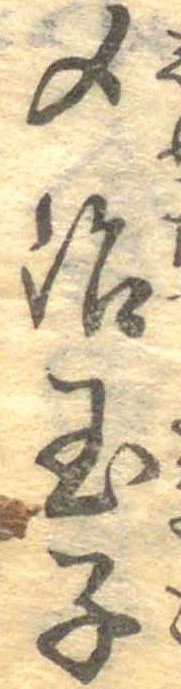
〆治玉子